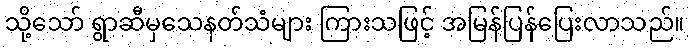
သို့သော် ရွာဆီမှသေနတ်သံများ ကြားသဖြင့် အမြန်ပြန်ပြေးလာသည်။